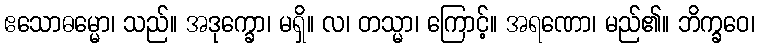
ဧသောဓမ္မော၊ သည်။ အဒုက္ခော၊ မရှိ။ လ၊ တသ္မာ၊ ကြောင့်။ အရဏော၊ မည်၏။ ဘိက္ခဝေ၊